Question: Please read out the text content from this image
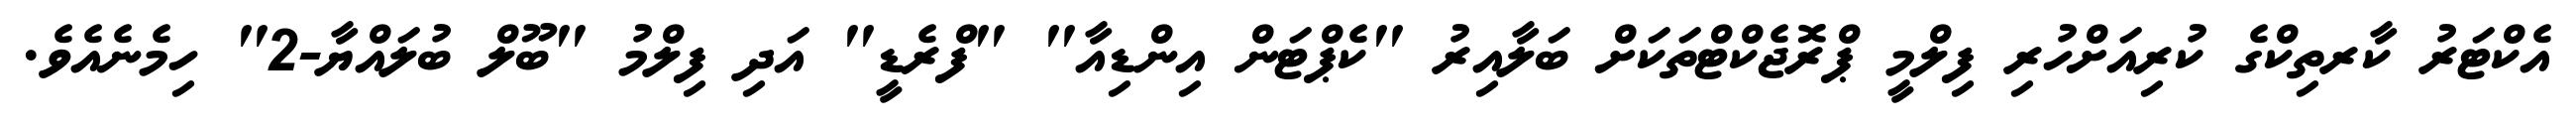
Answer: އެކްޓަރު ކާރތިކްގެ ކުރިއަށްހުރި ފިލްމީ ޕްރޮޖެކްޓްތަކަށް ބަލާއިރު "ކެޕްޓަން އިންޑިއާ" "ފްރެޑީ" އަދި ފިލްމު "ބޫލް ބުލައްޔާ-2" ހިމެނެއެވެ.